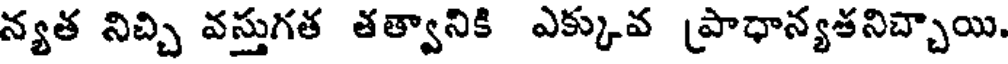
న్యత నిచ్చి వస్తుగత తత్వానికి ఎక్కువ ప్రాధాన్యతనిచ్చాయి.